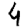
Digit: 4